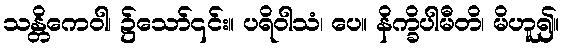
သန္တိကေဝါ၊ ၌သော်၎င်း။ ပရိဝါသံ၊ ပေ။ နိက္ခိပါမီတိ၊ မိဟူ၍။